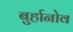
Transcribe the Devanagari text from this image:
बुर्हानोव